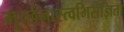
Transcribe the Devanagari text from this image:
मूर्च्छनास्त्वभिसंज्ञिता